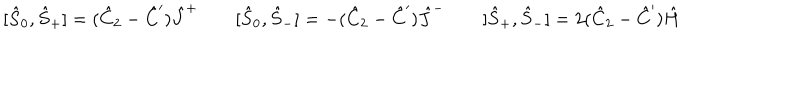
[ \hat { S } _ { 0 } , \hat { S } _ { + } ] = ( \hat { C } _ { 2 } - \hat { C } ^ { \prime } ) \hat { J } ^ { + } \qquad [ \hat { S } _ { 0 } , \hat { S } _ { - } ] = - ( \hat { C } _ { 2 } - \hat { C } ^ { \prime } ) \hat { J } ^ { - } \qquad [ \hat { S } _ { + } , \hat { S } _ { - } ] = 2 ( \hat { C } _ { 2 } - \hat { C } ^ { \prime } ) \hat { H }